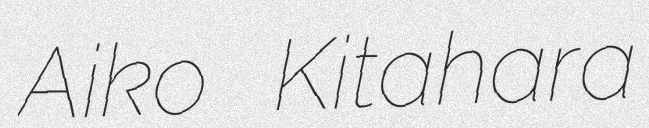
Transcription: Aiko Kitahara